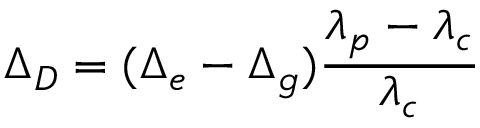
\Delta _ { D } = ( \Delta _ { e } - \Delta _ { g } ) \frac { \lambda _ { p } - \lambda _ { c } } { \lambda _ { c } }